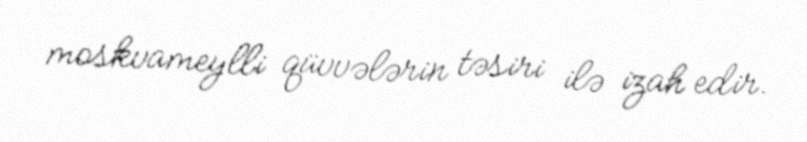
moskvameylli qüvvələrin təsiri ilə izah edir.